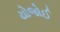
યોજોઈ